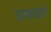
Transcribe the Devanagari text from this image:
डाकख़ाने